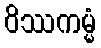
ဝိဿကမ္မံ